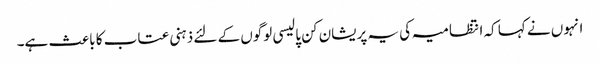
انہوں نے کہا کہ انتظامیہ کی یہ پریشان کن پالیسی لوگوں کے لئے ذہنی عتاب کا باعث ہے۔